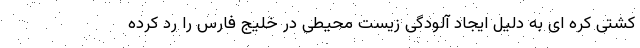
کشتی کره ای به دلیل ایجاد آلودگی زیست محیطی در خلیج فارس را رد کرده